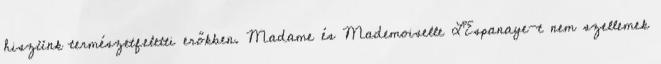
hiszünk természetfeletti erőkben. Madame és Mademoiselle L'Espanaye-t nem szellemek